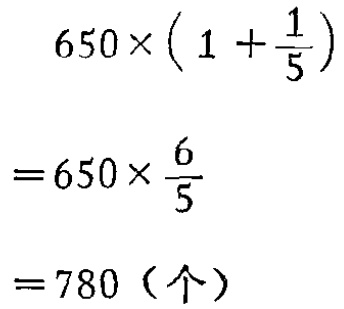
\[

\begin{align*}

&650\times\left(1 + \frac{1}{5}\right)\\

=&650\times\frac{6}{5}\\

=&780（个）

\end{align*}

\]